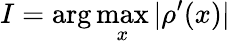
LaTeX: I=\arg\operatorname*{max}_{x}|\rho^{\prime}(x)|